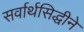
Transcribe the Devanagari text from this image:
सर्वार्थसिद्धीने